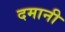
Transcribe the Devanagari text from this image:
दमानी